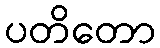
ပတိတော